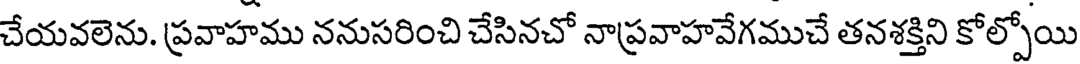
చేయవలెను. ప్రవాహము ననుసరించి చేసినచో నాప్రవాహవేగముచే తనశక్తిని కోల్పోయి